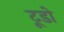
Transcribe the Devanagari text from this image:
टूडो